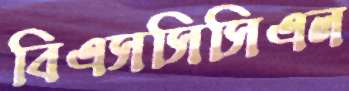
বিএসসিসিএল